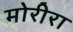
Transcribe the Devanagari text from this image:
मोरीरा